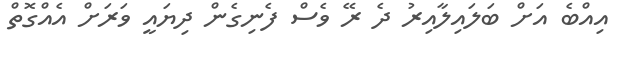
އިއްބެ އަށް ބަލައިލާއިރު ދެ ރޭ ވެސް ފެނިގެން ދިޔައީ ވަރަށް އެއްގޮތް